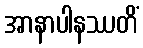
အာနာပါနဿတိံ